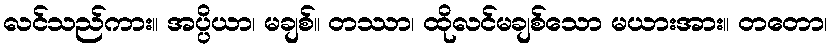
လင်သည်ကား။ အပ္ပိယာ၊ မချစ်။ တဿာ၊ ထိုလင်မချစ်သော မယားအား။ တတော၊